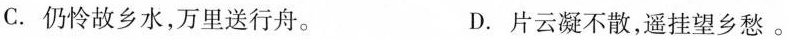
C. 仍怜故乡水，万里送行舟。 D. 片云凝不散，遥挂望乡愁。